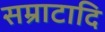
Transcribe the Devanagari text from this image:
सम्राटादि